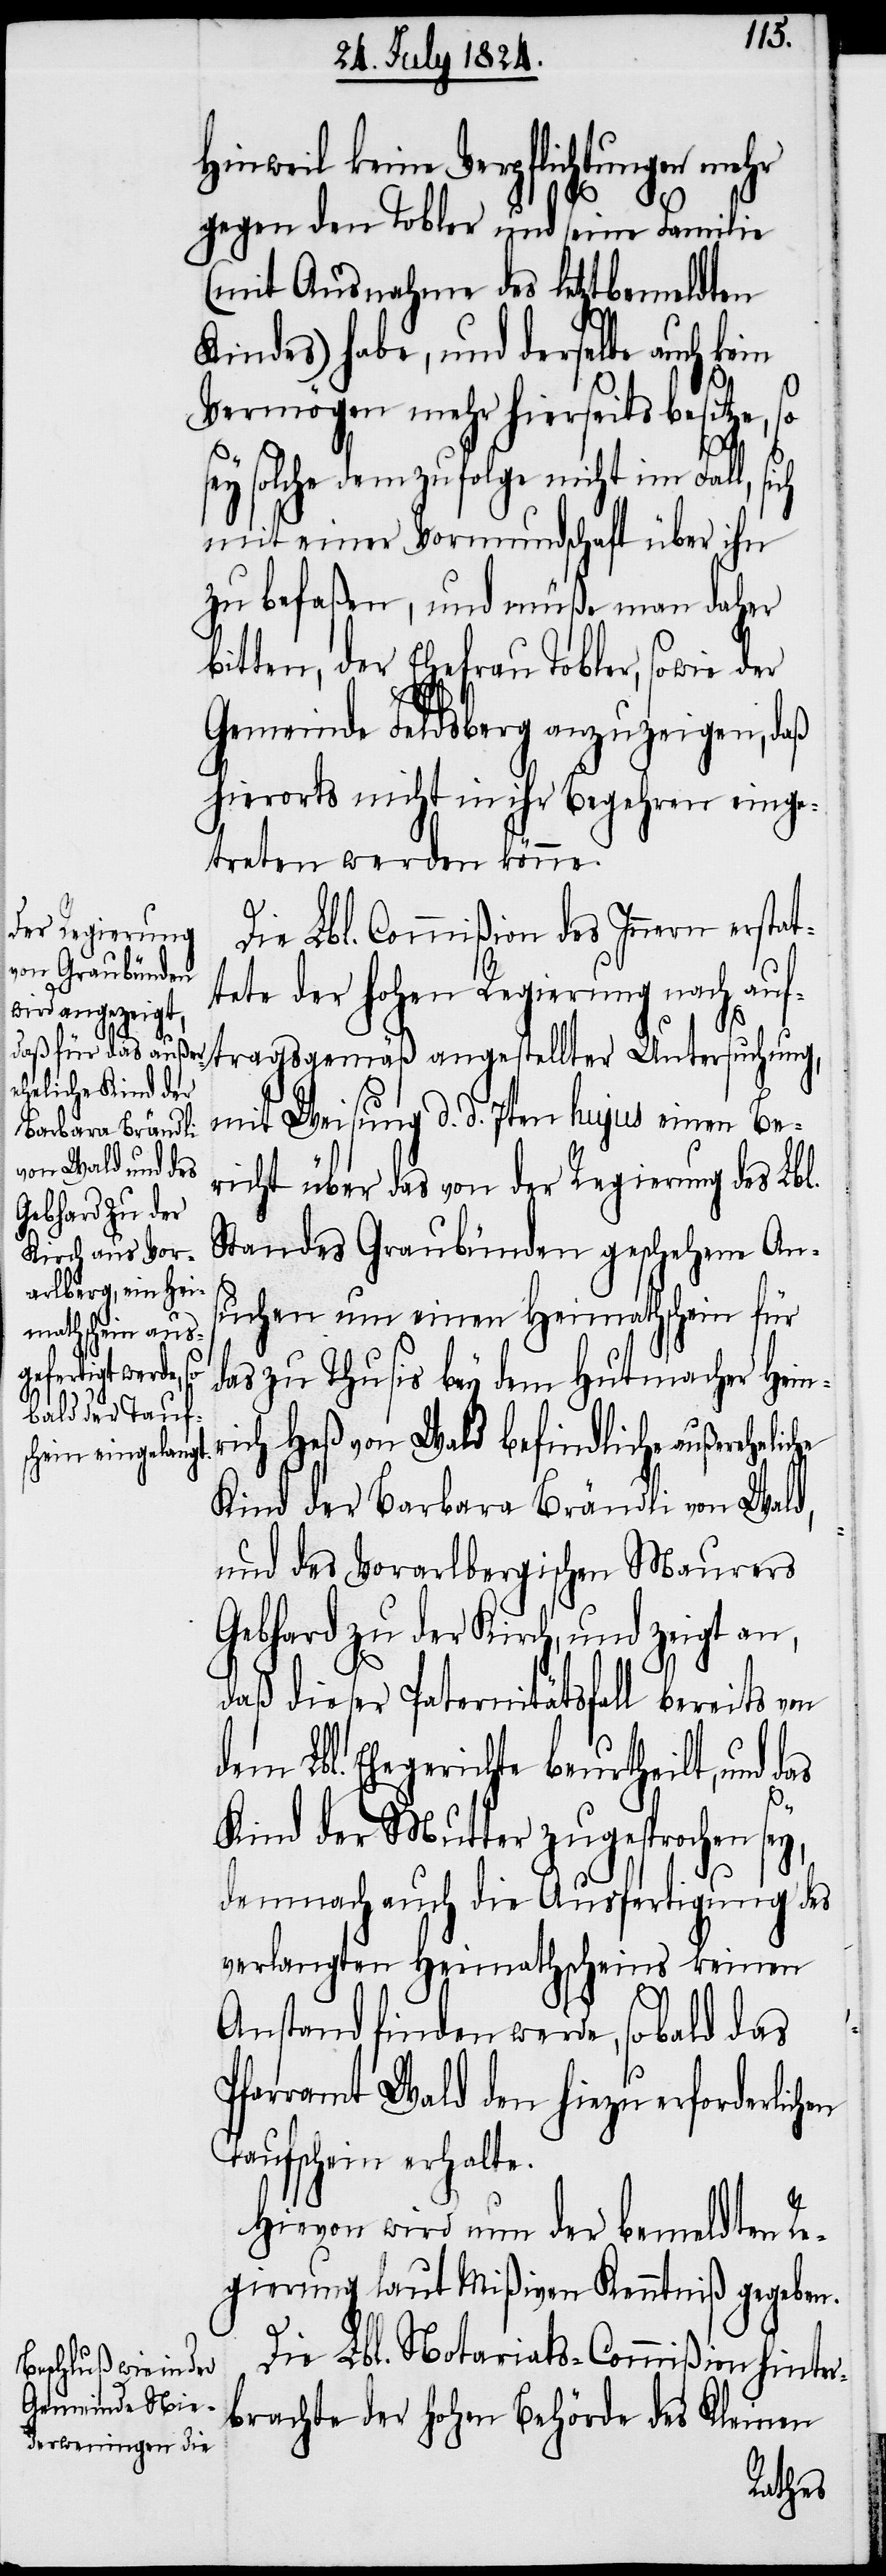
Hinweil keine Verpflichtungen
gegen den Tobler und seine Familie
(mit Ausnahme des letztbemeldten
Kindes) habe, und derselbe auch kein
Vermögen mehr hierseits besitz¬
he
so
sey solche demzufolge nicht im Fall,
ic¬
mit einer Vormundschaft über ihn
zu befaßen, und müße man daher
bitten, der Ehefrau Tobler, sowie der
Gemeinde Feldsberg anzuzeigen, daß
hierorts nicht in ihr Begehren einge¬
treten werden könne.
Die Lbl. Commißion des Innern erstat¬
tete der hohen Regierung nach auf¬
tragsgemäß angestellter Untersuchung,
mit Weisung d. d. 7ten hujus einen Be¬
richt über das von der Regierung des Lbl.
Standes Graubünden geschehene An¬
suchen um einen Heimathschein für
das zu Thusis bey dem Hutmacher Hein¬
rich Heß von Wald befindliche außerehel¬
Kind der Barbara Brändli von Wald,
und des Vorarlbergischen Maurers
Gebhard zu der Kirch, und zeigt an,
daß dieser Paternitätsfall bereits von
Lbl. Ehegerichte beurtheilt, und
das
Kind der Mutter zugesprochen sey,
demnach auch die Ausfertigung des
verlangten Heimathscheins keinen
Anstand finden werde, so bald das
Pfarramt Wald den hiezu erforderlichen
Taufschein erhalte.
Hievon wird nun der bemeldten Re¬
gierung laut Mißiven Kenntniß gegeben.
Die Lbl. Notariats-Commißion hinter¬
brachte der Hohen Behörde des Kleinen